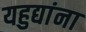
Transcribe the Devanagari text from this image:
यहुद्यांना